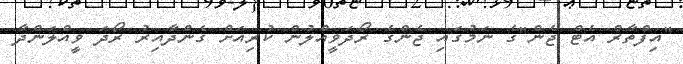
"އިފްތާރް އެޓް ޖެން"ގެ ނަމުގައި ޖެންގެ ރޯދަވީއްލުން ކުރިއަށް ގެންދާއިރު ރޯދަ ވީއްލަންދާ